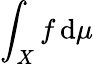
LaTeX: \int_{X}f\, \mathrm{d}\mu